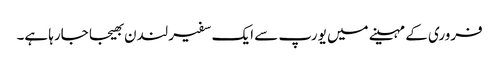
فروری کے مہینے میں یورپ سے ایک سفیر لندن بھیجا جارہا ہے۔